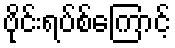
ဗိုင်းရပ်စ်ကြောင့်